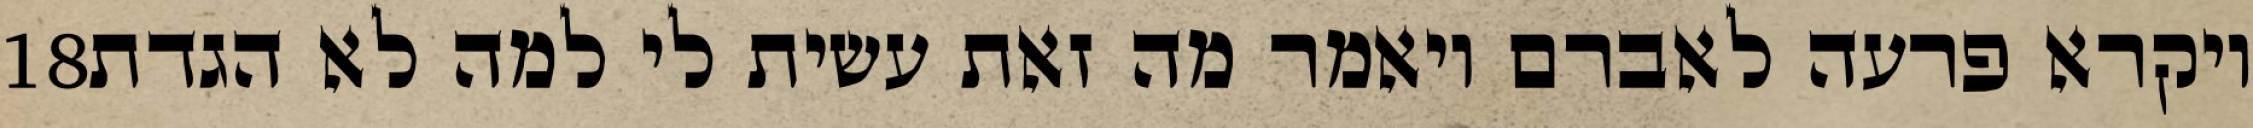
‎18‏ ויקרא פרעה לאברם ויאמר מה זאת עשית לי למה לא הגדת